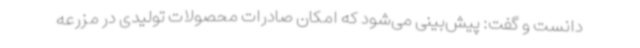
دانست و گفت: پیش‌بینی می‌شود که امکان صادرات محصولات تولیدی در مزرعه